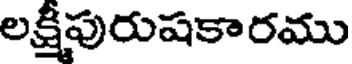
లక్షీపురుషకారము